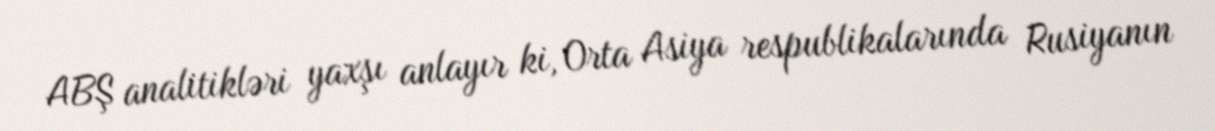
ABŞ analitikləri yaxşı anlayır ki, Orta Asiya respublikalarında Rusiyanın